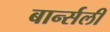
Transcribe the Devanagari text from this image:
बार्न्सली